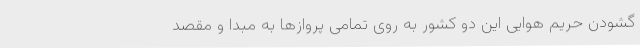
گشودن حریم هوایی این دو کشور به روی تمامی پروازها به مبدا و مقصد